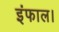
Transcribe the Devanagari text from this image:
इंफाल।